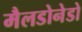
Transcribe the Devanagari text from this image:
मैलडोनेडो